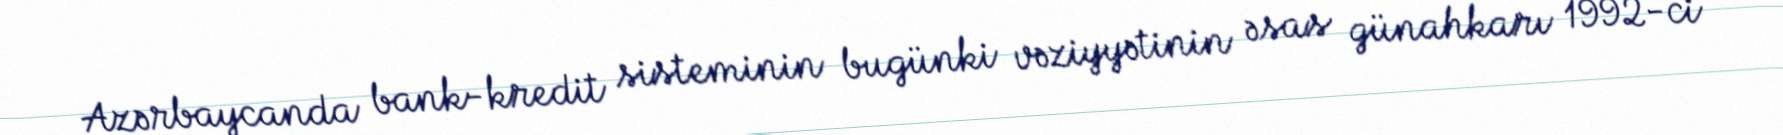
Azərbaycanda bank-kredit sisteminin bugünki vəziyyətinin əsas günahkarı 1992-ci